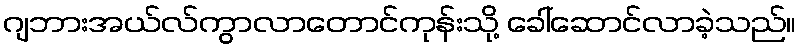
ဂျဘားအယ်လ်ကွာလာတောင်ကုန်းသို့ ခေါ်ဆောင်လာခဲ့သည်။